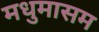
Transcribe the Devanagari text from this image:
मधुमासम